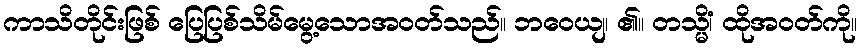
ကာသိတိုင်းဖြစ် ပြေပြစ်သိမ်မွေ့သောအဝတ်သည်။ ဘဝေယျ၊ ၏။ တသ္မိံ၊ ထိုအဝတ်ကို။